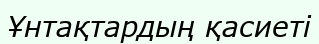
Ұнтақтардың қасиеті